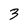
Character: 3